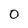
Character: 0